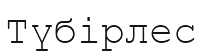
Түбірлес